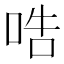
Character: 哠